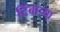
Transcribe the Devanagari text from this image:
टिंबाच्या